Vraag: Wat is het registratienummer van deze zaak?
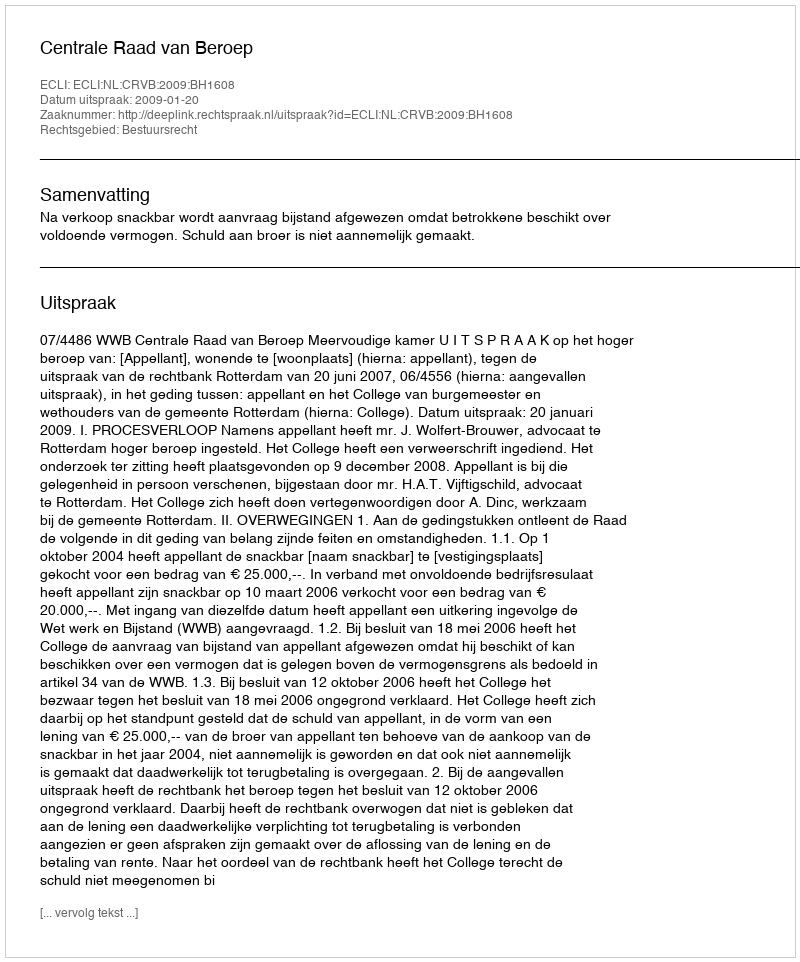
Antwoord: http://deeplink.rechtspraak.nl/uitspraak?id=ECLI:NL:CRVB:2009:BH1608